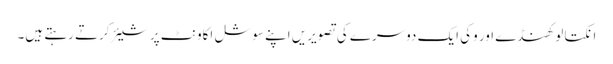
انکتا لوکھنڈے اور وکی ایک دوسرے کی تصویریں اپنے سوشل اکاونٹ پر شیئر کرتے رہتے ہیں۔